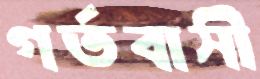
গর্তবাসী